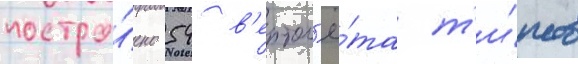
постро́ено 54 в'ертол'ё́та т'и́пов